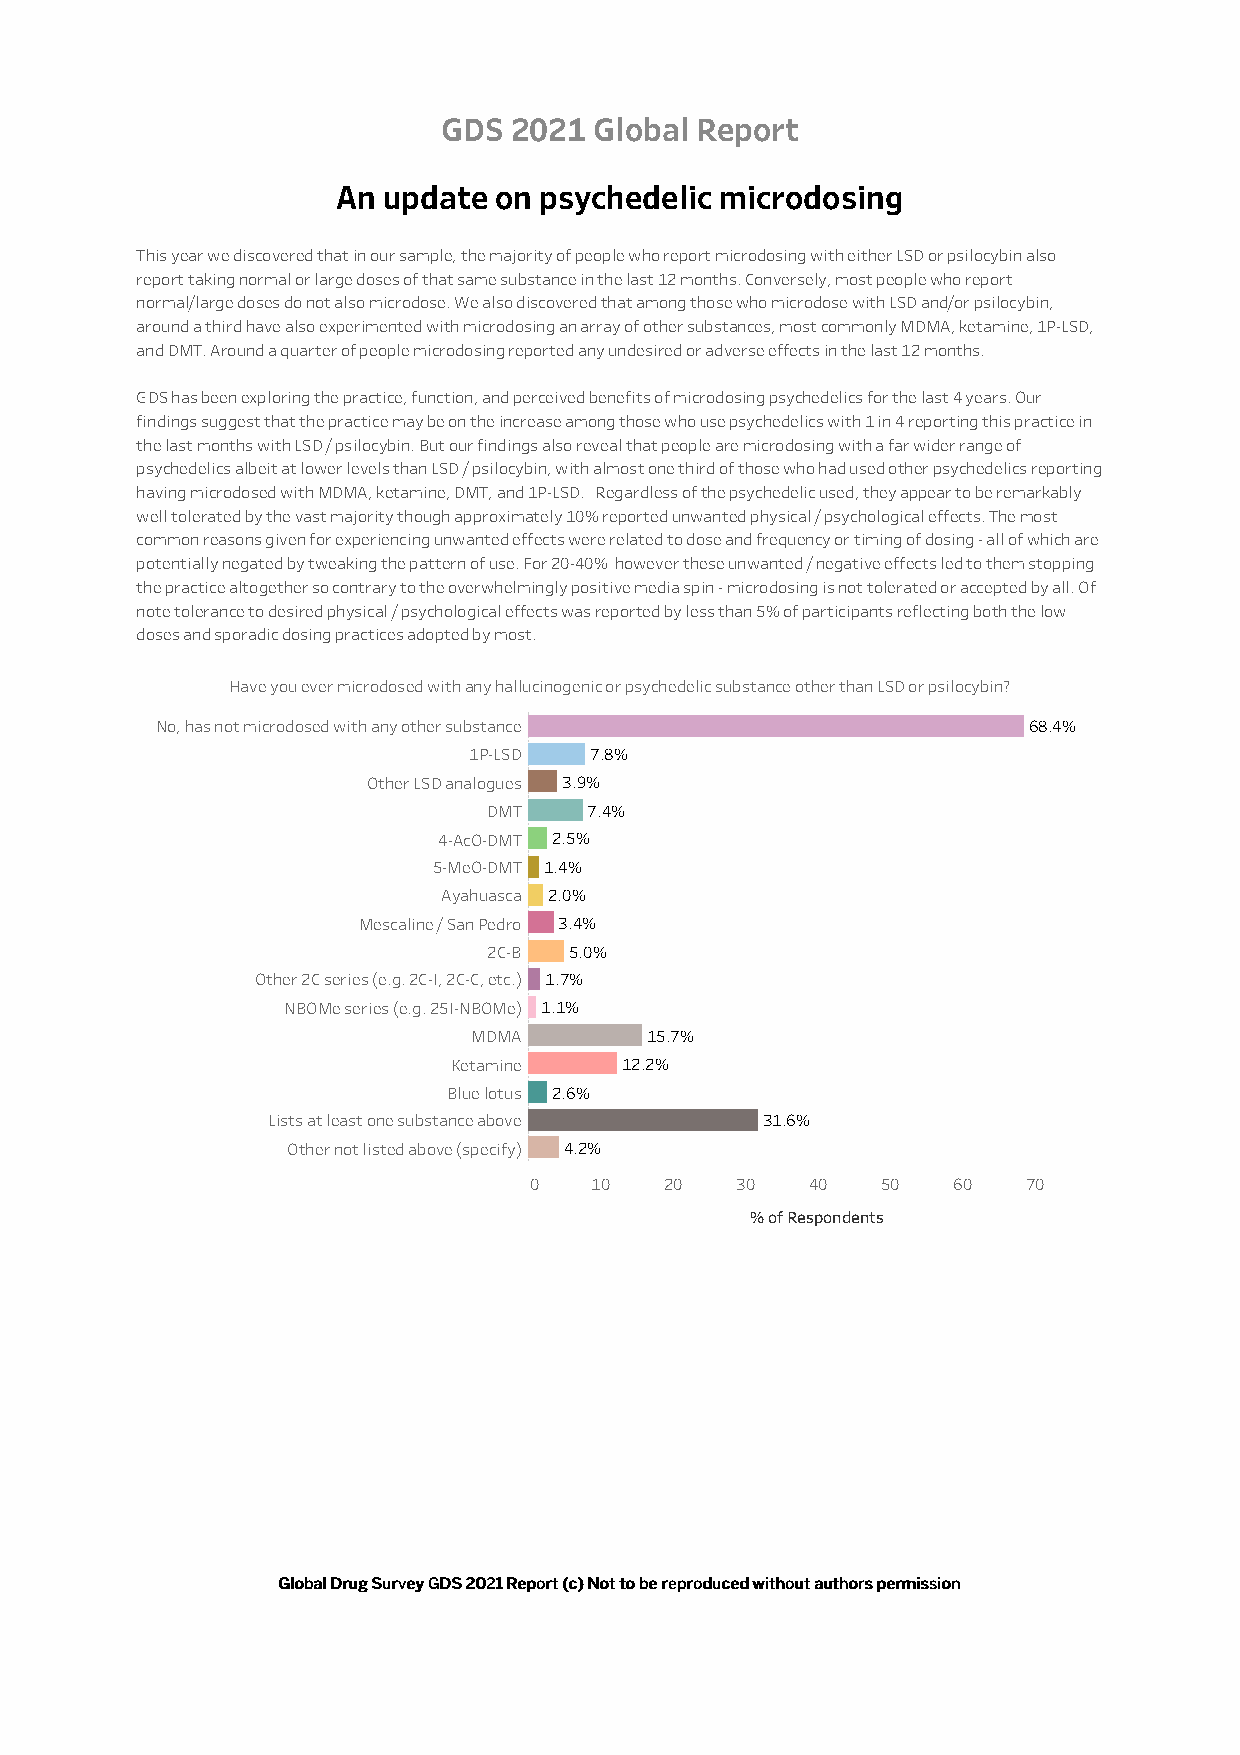
GDS  2021 Global Report
 An update  on psychedelic microdosing
 This year we discovered that in our sample, the majority of people who report microdosing with either LSD or psilocybin also
 report taking normal or large doses of that same substance in the last 12 months. Conversely, most people who report
 normal/large doses do not also microdose. We also discovered that among those who microdose with LSD and/or psilocybin,
 around a third have also experimented with microdosing an array of other substances, most commonly MDMA, ketamine, 1P-LSD,
 and DMT. Around a quarter of people microdosing reported any undesired or adverse effects in the last 12 months.
 GDS has been exploring the practice, function, and perceived benefits of microdosing psychedelics for the last 4 years. Our
 findings suggest that the practice may be on the increase among those who use psychedelics with 1 in 4 reporting this practice in
 the last months with LSD / psilocybin. But our findings also reveal that people are microdosing with a far wider range of
 psychedelics albeit at lower levels than LSD / psilocybin, with almost one third of those who had used other psychedelics reporting
 having microdosed with MDMA, ketamine, DMT, and 1P-LSD. Regardless of the psychedelic used, they appear to be remarkably
 well tolerated by the vast majority though approximately 10% reported unwanted physical / psychological effects. The most
 common reasons given for experiencing unwanted effects were related to dose and frequency or timing of dosing - all of which are
 potentially negated by tweaking the pattern of use. For 20-40% however these unwanted / negative effects led to them stopping
 the practice altogether so contrary to the overwhelmingly positive media spin - microdosing is not tolerated or accepted by all. Of
 note tolerance to desired physical / psychological effects was reported by less than 5% of participants reflecting both the low
 doses and sporadic dosing practices adopted by most.
 Have you ever microdosed with any hallucinogenic or psychedelic substance other than LSD or psilocybin?
 No, has not microdosed with any other substance           68.4%
 1P-LSD  7.8%
 Other LSD analogues 3.9%
 DMT    7.4%
 4-AcO-DMT 2.5%
 5-MeO-DMT 1.4%
 Ayahuasca 2.0%
 Mescaline / San Pedro 3.4%
 2C-B  5.0%
 Other 2C series (e.g. 2C-I, 2C-C, etc.) 1.7%
 NBOMe series (e.g. 25I-NBOMe) 1.1%
 MDMA        15.7%
 Ketamine   12.2%
 Blue lotus 2.6%
 Lists at least one substance above 31.6%
 Other not listed above (specify) 4.2%
 0   10   20   30   40  50   60   70
 % of Respondents
 GGlloobbaall DDrruugg SSuurrvveeyy GGDDSS 22002211 RReeppoorrtt ((cc)) NNoott ttoo bbee rreepprroodduucceedd wwiitthhoouutt aauutthhoorrss ppeerrmmiissssiioonn